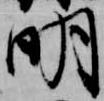
明